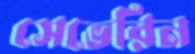
সেভেরিন